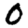
Digit: 0